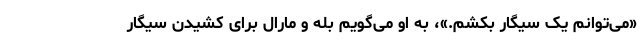
«می‌توانم یک سیگار بکشم.»، به او می‌گویم بله و مارال برای کشیدن سیگار